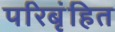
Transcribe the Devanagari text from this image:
परिबृंहित